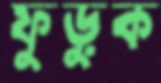
ফুড়ুক